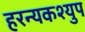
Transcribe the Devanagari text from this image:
हरन्यकश्युप